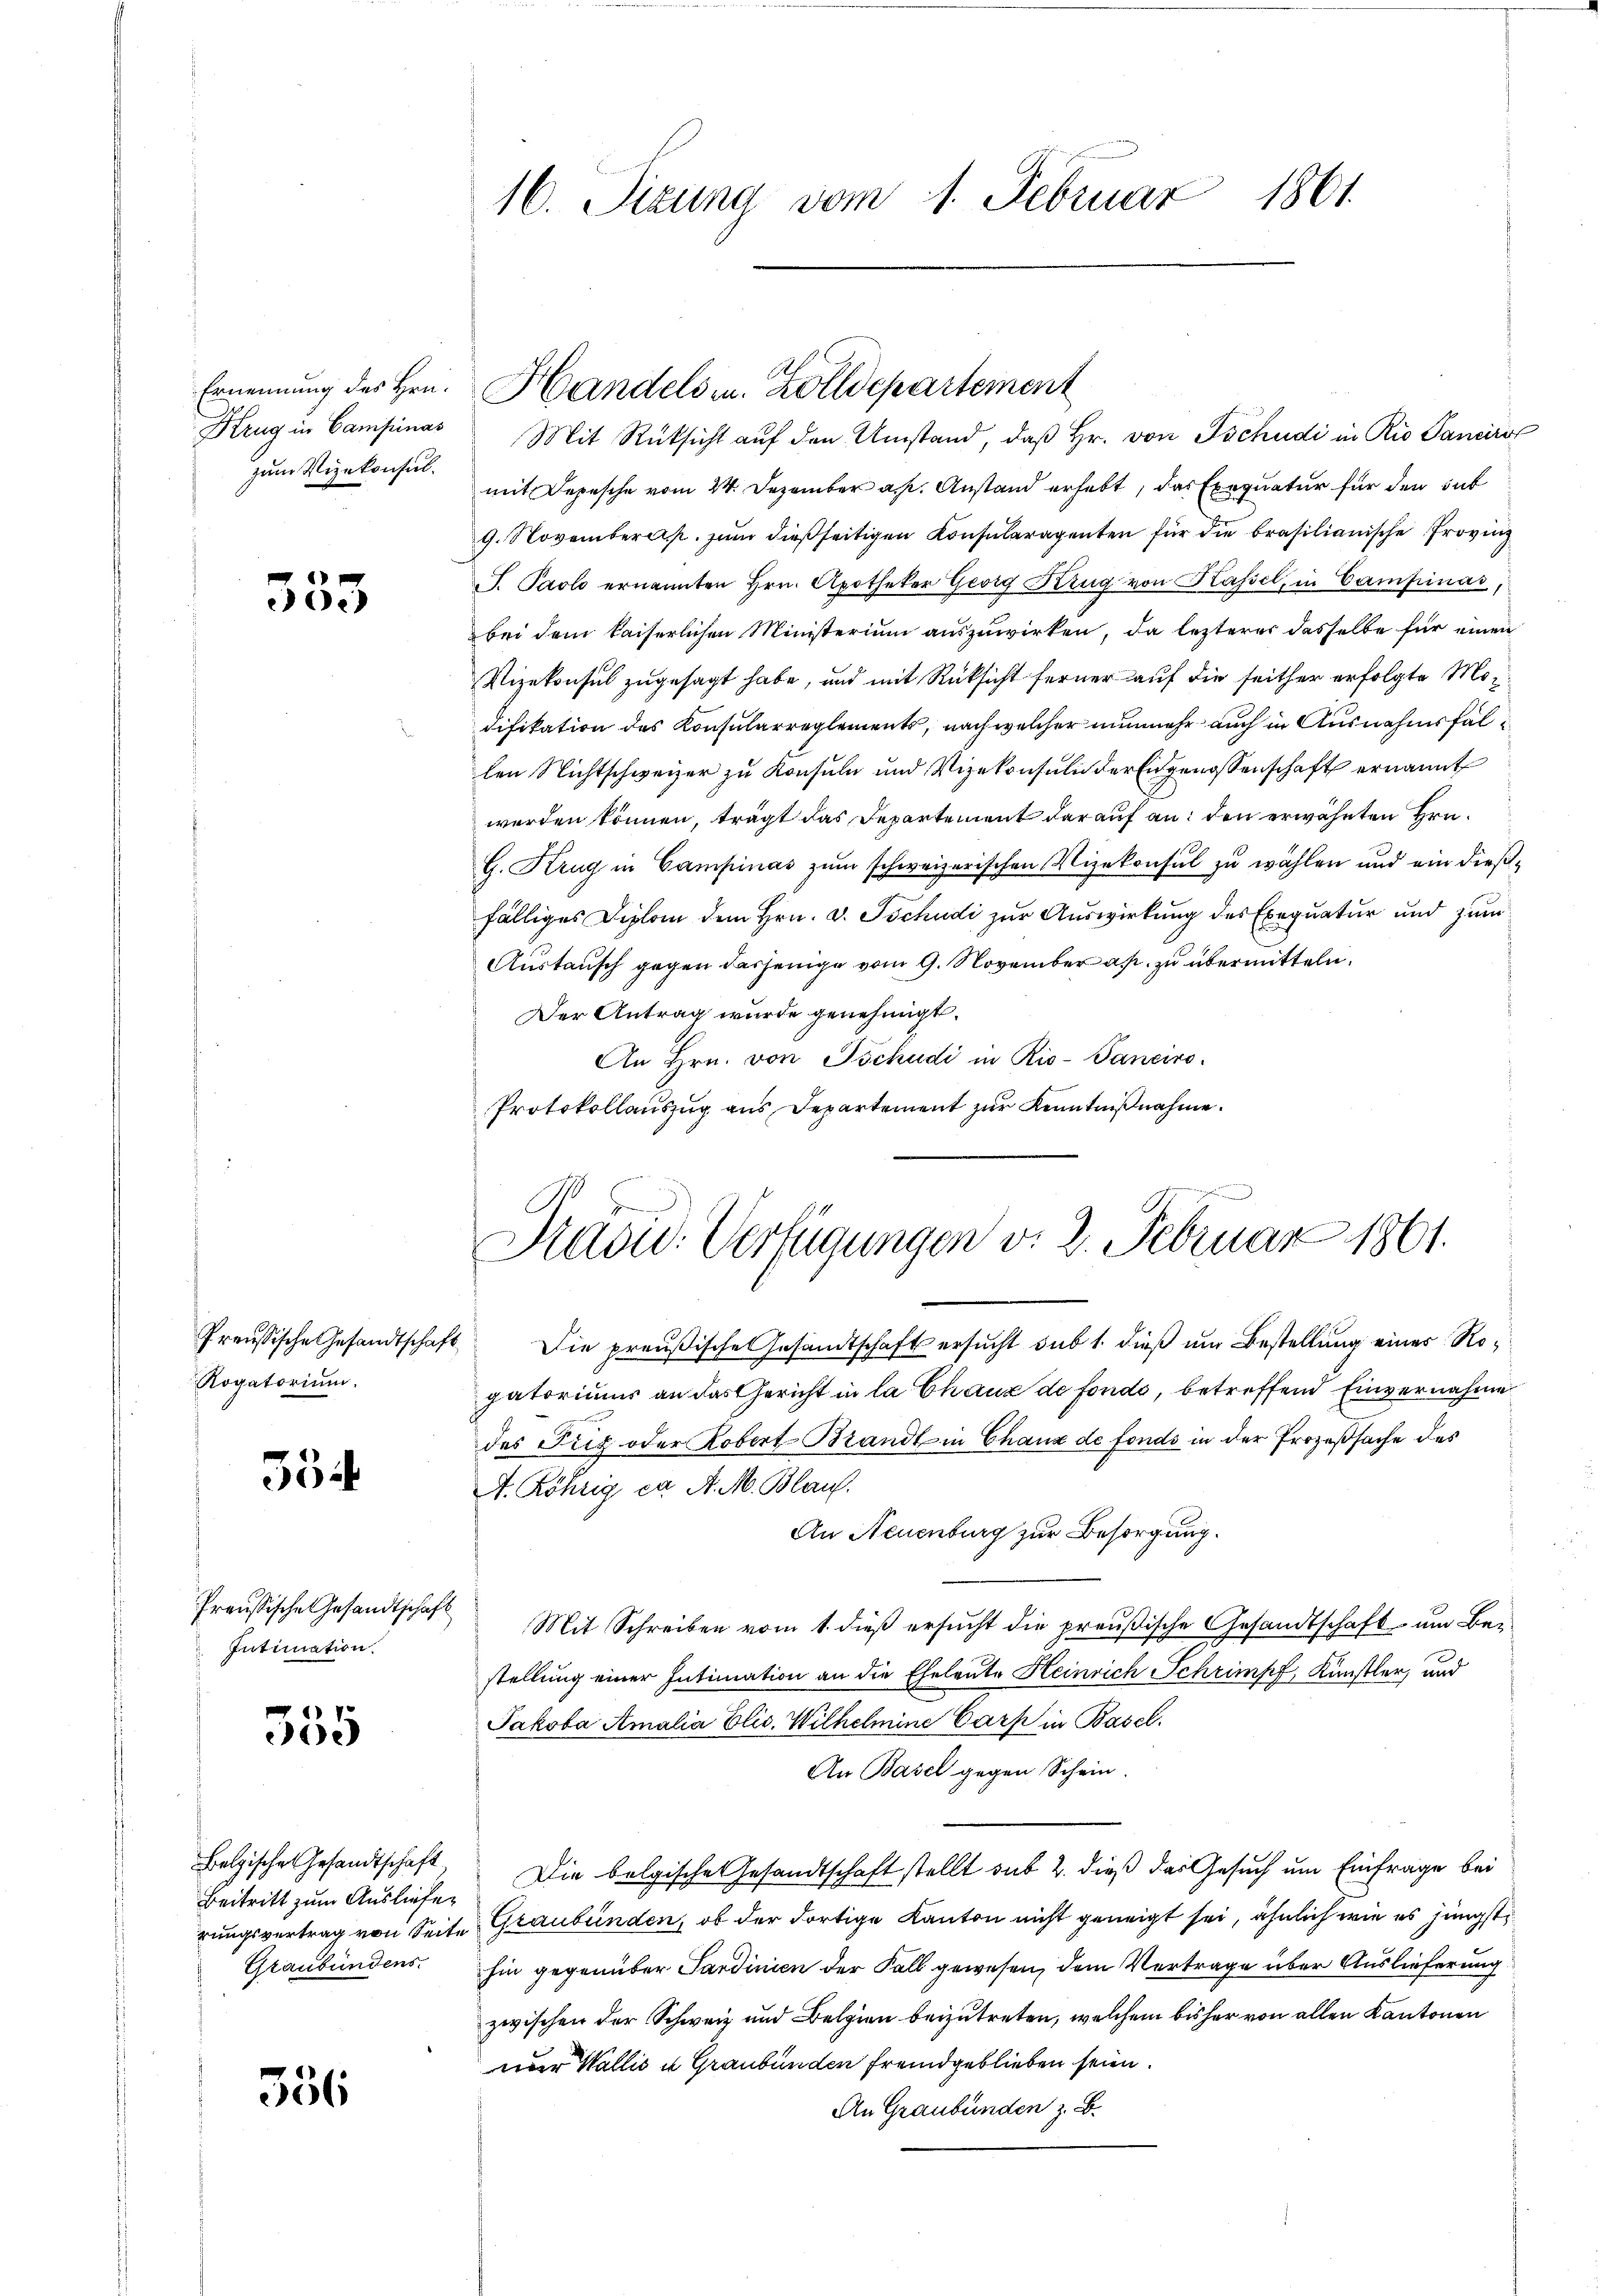
zum Vizekonsul¬

6
e.)

Rogatorium.

35

Intimation.

1
e

Beitritt zum Ausliefer
Graubündens.

556

Krug in Campinas Mit Rücksicht aŭf den Umstand, daβ hr. von Tschudi in Rio Sanirs
mit Depesche vom 24. Dezember a. p. Anstand erhebt, das Exequatur für den hat
9. November. zŭm dießseitigen Konsularagenten für die Brasilianische Provinz
P. Paolo ernannten Hrn. Apotheker Georg Krug von Kassel, in Campinas,
bei dem kaiserlichen Ministerium auszuwirken, da lezterer dasselbe für einen
Vizekonsul zugesagt habe, und mit Rücksicht ferner auf die seither erfolgte Modifikation des Konsularreglements, nach welcher nunmehr auch in Ausnahmsfallen Nichtschweizer zu Konsuln und Vizekonsuln der Eidgenossenschaft ernannt
werden können, trägt das Departement darauf an: den erwähnten Hrn.
G. Krug in Campinas zum schweizerischen Vizekonsul zu wählen und ein dießfälliges Diplom dem Hrn. v. Tschudi zur Auswirkung des Exequatur und zum
Austausch gegen dasjenige vom 9. November a. zu übermitteln.
Der Antrag wurde genehmigt.
An Hrn. von Tschudi in Rio-Panciro-
Protokollauszug aus Departement zur Kenntnißnahme.

16. Sizung vom 1. Februar 1861.

Ernennung des Hrn. Handels in Zolldepartement

.
Pradu- Verfügungen d. 2. Februar 1861.

Preußische Gesandtschaft Die preußische Gesandtschaft ersucht sub 1. dieß um Bestellung einer Rogatoriums an das Gericht in la Chaux de fondo, betreffend Einvernahme
des Piz oder Robert Brandt in Chaux de fonds in der Prozeßsache des
A. Röhrig da A. M. Blauf.
An Neuenburg zur Besorgung.
Preŭsische Gesandtschaft Mit Schreiben vom 1. dieβ ersŭcht die preußische Gesandtschaft um Be-
stellung einer Intimation an die Eheleute Heinrich Schrimpf, Künstler, und
Jakoba Amalia Elis. Wilhelmine Carz in Basel.
An Basel gegen Schein.
holzische Gesandtschaft. Die belgische Gesandtschaft stellt sub 2. dieß das Gesuch um Einfrage bei
rungsvertrag von Seite Graubünden, ob der dortige Kanton nicht geneigt sei, ähnlich wie es jüngst
hin gegenüber Sardinien der Fall gewesen, dem Vertrage über Auslieferung
zwischen der Schweiz und Belgien beizutreten, welchem bisher von allen Kantonen
nur Wallis u Graubünden fremd geblieben seien.
An Graubünden z. B.